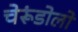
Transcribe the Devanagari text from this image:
चेरूंडोलो